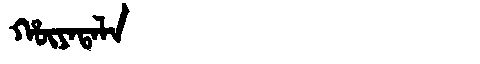
Manchu: ᡥᡡᠶᠠᡨᠠᠯᠠ
Romanization: HŪYATALA